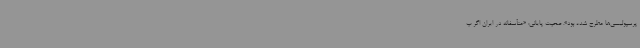
پرسپولیسی‌ها مطرح شده بود». صحبت پایانی: «متأسفانه در ایران اگر ب